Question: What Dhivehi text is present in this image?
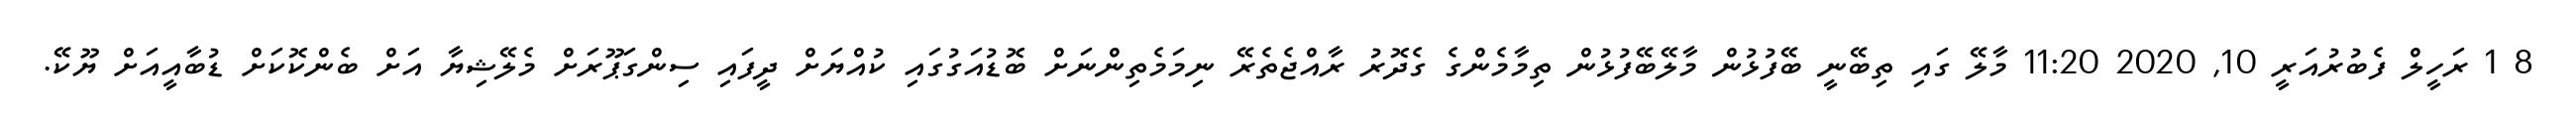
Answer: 8 1 ރަހީލް ފެބުރުއަރީ 10, 2020 11:20 މާލޭ ގައި ތިބޭނީ ބޭފުޅުން މާލޭބޭފުޅުން ތިމާމެންގެ ގެދޮރު ރާއްޖެތެރޭ ނިމަމެތިންނަށް ބޮޑުއަގުގައި ކުއްޔަށް ދީފައި ސިންގަޕޫރަށް މެލޭޝިޔާ އަށް ބެންކޮކަށް ޑުބާއީއަށް ޔޫކޭ.